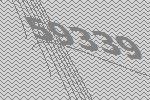
59339